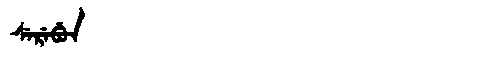
Manchu: ᠰᡝᡵᡝᠪᡠᠨ
Romanization: SEREBUN